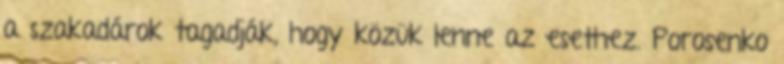
a szakadárok tagadják, hogy közük lenne az esethez. Porosenko